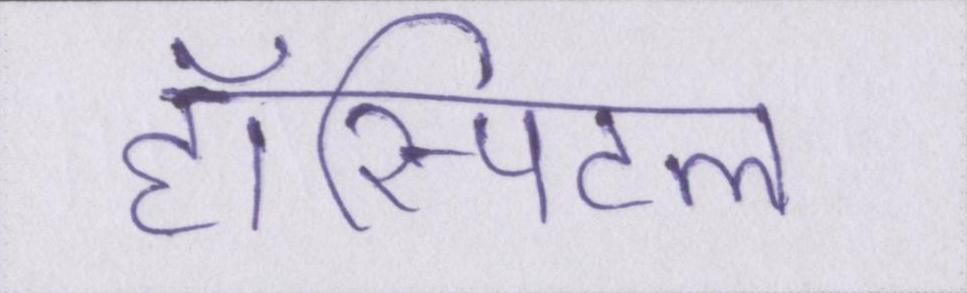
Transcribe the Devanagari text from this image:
हॉस्पिटल